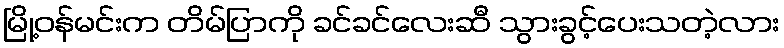
မြို့ဝန်မင်းက တိမ်ပြာကို ခင်ခင်လေးဆီ သွားခွင့်ပေးသတဲ့လား